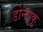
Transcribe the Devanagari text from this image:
डोन्टाकू